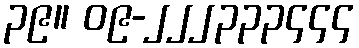
၃၉။ ၀၉-၂၂၂၃၃၃၄၄၄